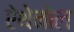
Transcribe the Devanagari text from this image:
ऐथेनोल